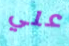
علي